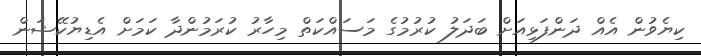
ކިޔެވުން އެއް ދަންފަޅިއަށް ބަދަލު ކުރުމުގެ މަސައްކަތް މިހާރު ކުރަމުންދާ ކަމަށް އެޑިޔުކޭޝަން